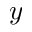
y